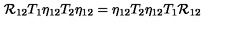
{ \cal R } _ { 1 2 } T _ { 1 } \eta _ { 1 2 } T _ { 2 } \eta _ { 1 2 } = \eta _ { 1 2 } T _ { 2 } \eta _ { 1 2 } T _ { 1 } { \cal R } _ { 1 2 }